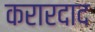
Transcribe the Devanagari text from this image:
करारदाद